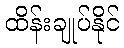
ထိန်းချုပ်နိုင်